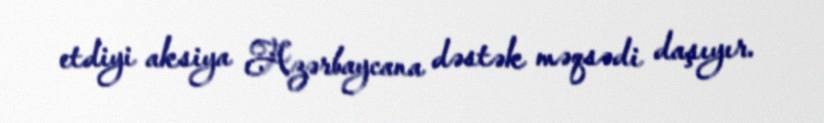
etdiyi aksiya Azərbaycana dəstək məqsədi daşıyır.